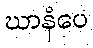
ဃာနံပေ